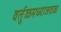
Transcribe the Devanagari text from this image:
वर्तुळमध्याजवळ